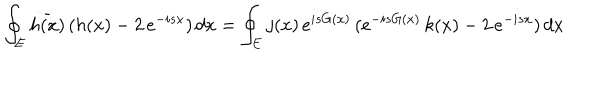
\oint _ { E } \bar { h ( x ) } \, ( h ( x ) - 2 \, e ^ { - i s x } ) \, d x = \oint _ { E } j ( x ) \, e ^ { i s G ( x ) } \, ( e ^ { - i s G ( x ) } \, k ( x ) - 2 \, e ^ { - i s x } ) \, d x